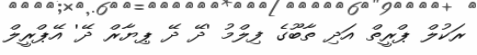
ރަކުލް ޕްރީތް އަދި ތާބޫގެ ފިލްމު 'ދޭ ދޭ ޕިޔާރް ދޭ' އޭޕްރީލް